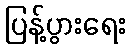
ပြန့်ပွားရေး